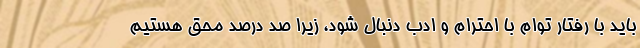
باید با رفتار توام با احترام و ادب دنبال شود، زیرا صد درصد محق هستیم